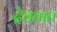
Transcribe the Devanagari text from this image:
देवतात